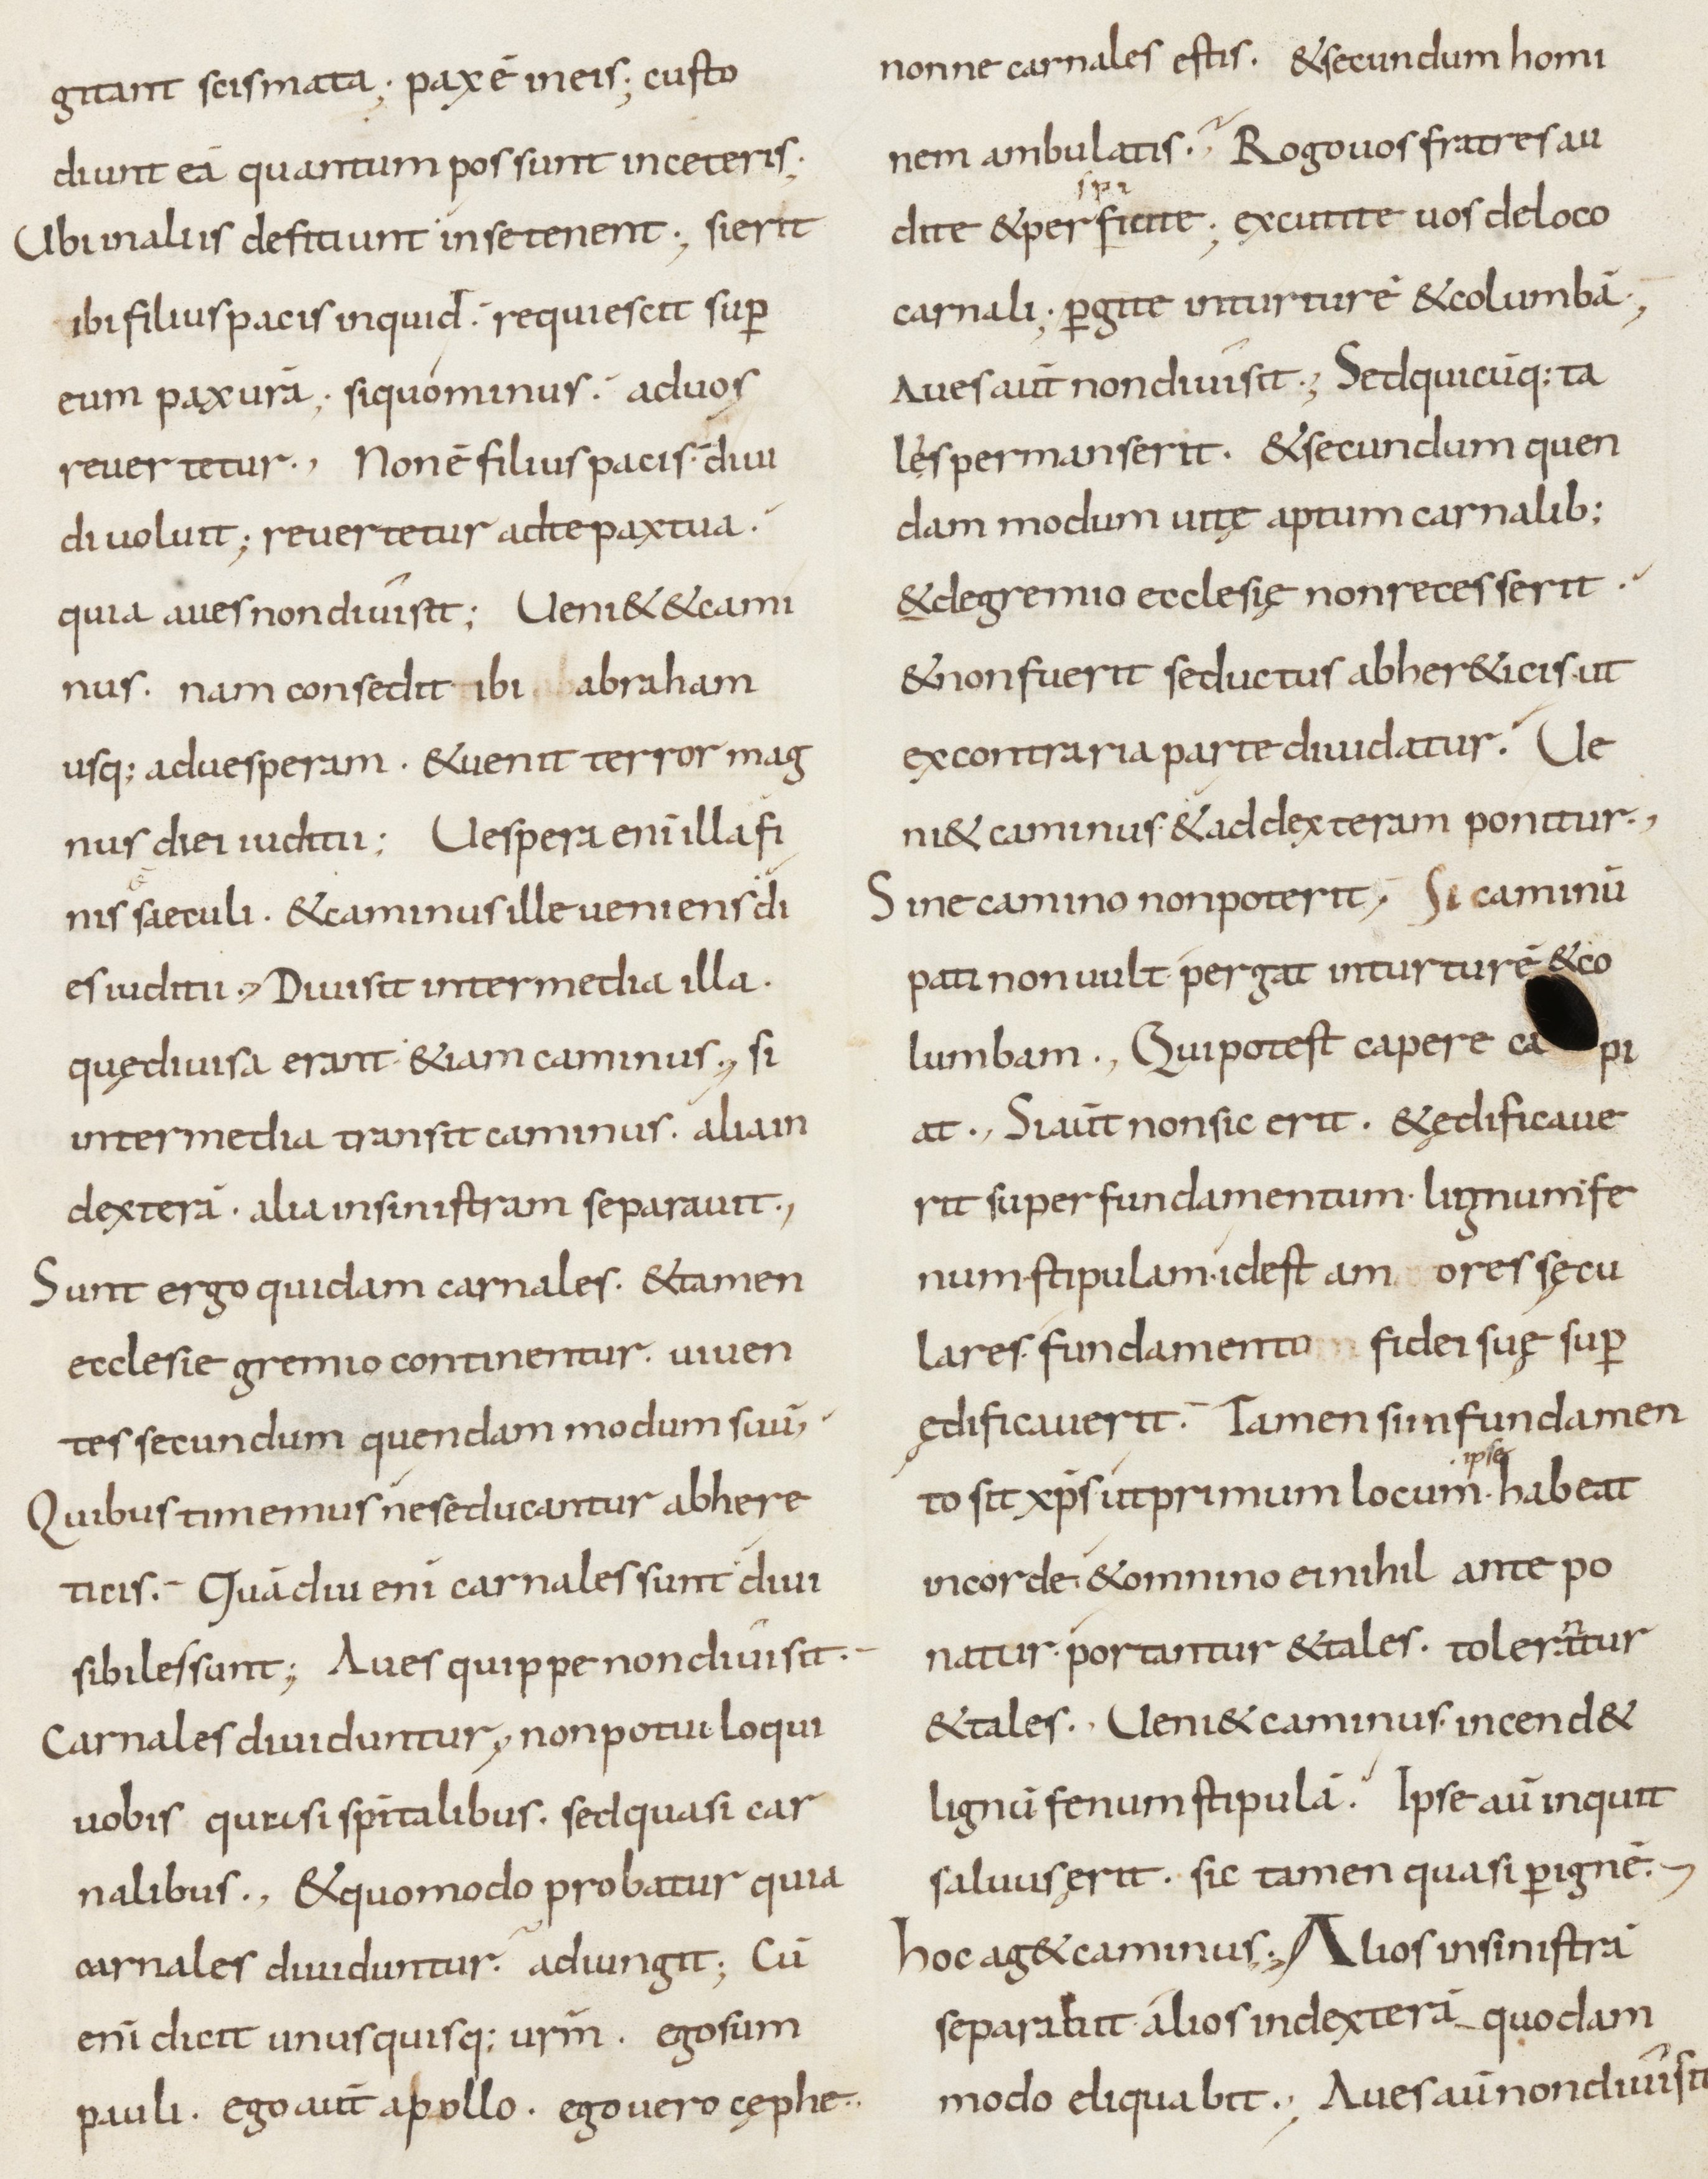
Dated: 800–899